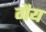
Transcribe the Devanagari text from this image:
गैय